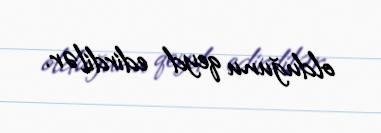
olduğunu qeyd edirdilər.